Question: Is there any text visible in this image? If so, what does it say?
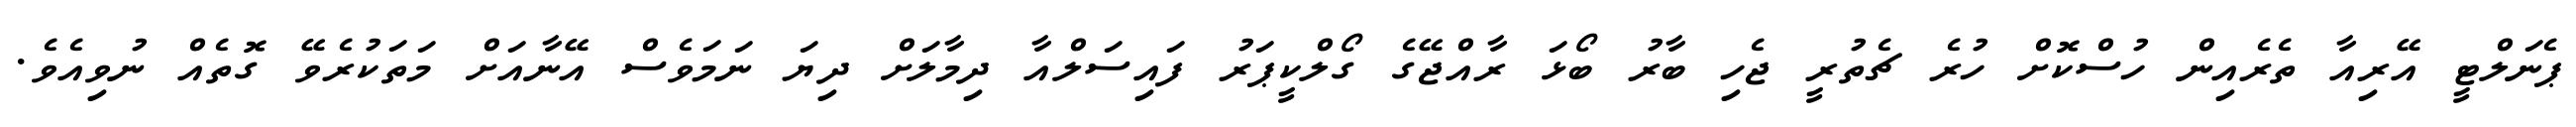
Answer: ޕެނަލްޓީ އޭރިއާ ތެރެއިން ހުސްކޮށް ހުރެ ޗެތުރީ ޖެހި ބާރު ބޯޅަ ރާއްޖޭގެ ގޯލްކީޕަރު ފައިސަލްއާ ދިމާލަށް ދިޔަ ނަމަވެސް އޭނާއަށް މަތަކުރެވޭ ގޮތެއް ނުވިއެވެ.